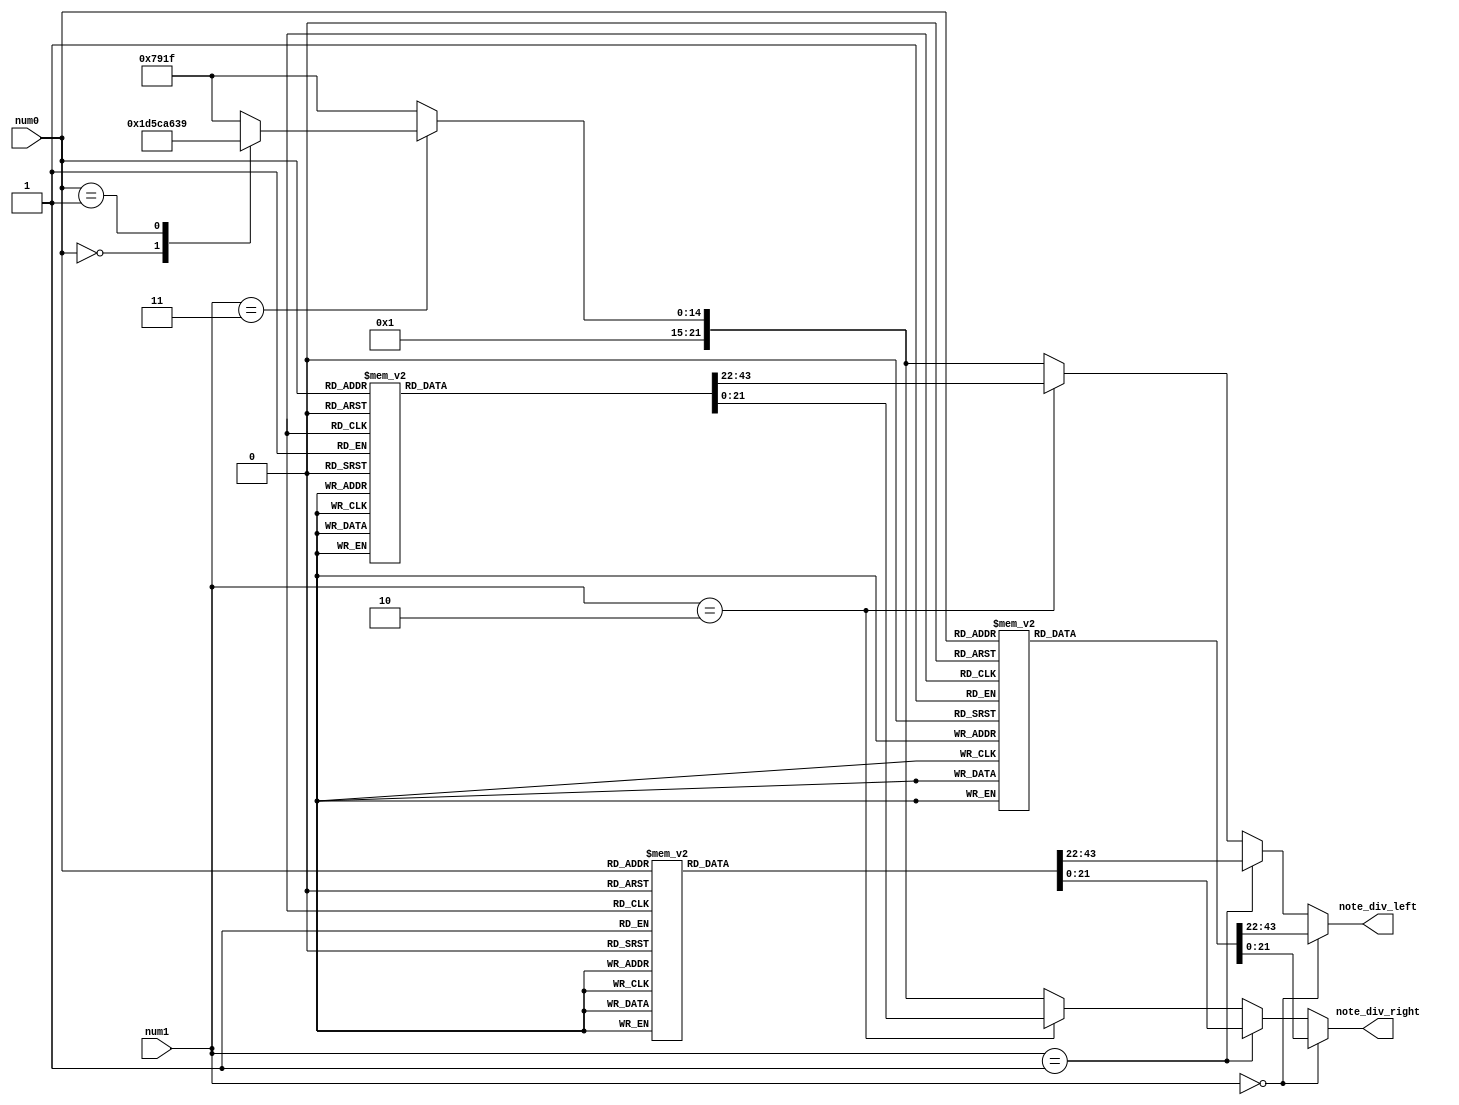
`timescale 1ns / 1ps
//////////////////////////////////////////////////////////////////////////////////
// Company: 
// Engineer: 
// 
// Design Name: 
// Module Name: fre_select
// Project Name: 
// Target Devices: 
// Tool Versions: 
// Description: 
// 
// Dependencies: 
// 
// Revision:
// Revision 0.01 - File Created
// Additional Comments:
// 
//////////////////////////////////////////////////////////////////////////////////


module fre_select_game(
    input [3:0]num0,
    input [3:0]num1,
    output reg [21:0]note_div_right,
    output reg [21:0]note_div_left
    );
    
    
    always@*
    if(num1 == 0)
    begin
        case(num0)
        4'd0: begin note_div_right = 22'd63775; note_div_left = 22'd143266; end
        4'd1: begin note_div_right = 22'd42553; note_div_left = 22'd42553; end
        4'd2: begin note_div_right = 22'd47801; note_div_left = 22'd47801; end
        4'd3: begin note_div_right = 22'd63775; note_div_left = 22'd63775; end
        4'd4: begin note_div_right = 22'd50607; note_div_left = 22'd50607; end
        4'd5: begin note_div_right = 22'd0;     note_div_left = 22'd0; end
        4'd6: begin note_div_right = 22'd50607; note_div_left = 22'd50607; end
        4'd7: begin note_div_right = 22'd47801; note_div_left = 22'd47801; end
        4'd8: begin note_div_right = 22'd127551; note_div_left = 22'd127551; end
        4'd9: begin note_div_right = 22'd63775; note_div_left = 22'd63775; end
        default: begin note_div_right = 22'd63775; note_div_left = 22'd63775; end
        endcase
    end  
    else if(num1 == 1)
    begin
        case(num0)
        4'd0: begin note_div_right = 22'd47801; note_div_left = 22'd47801; end
        4'd1: begin note_div_right = 22'd63775; note_div_left = 22'd63775; end
        4'd2: begin note_div_right = 22'd50607; note_div_left = 22'd50607; end
        4'd3: begin note_div_right = 22'd0;     note_div_left = 22'd0;     end
        4'd4: begin note_div_right = 22'd50607; note_div_left = 22'd50607; end
        4'd5: begin note_div_right = 22'd47801; note_div_left = 22'd47801; end
        4'd6: begin note_div_right = 22'd63775; note_div_left = 22'd113636; end
        4'd7: begin note_div_right = 22'd42553; note_div_left = 22'd42553; end
        4'd8: begin note_div_right = 22'd47801; note_div_left = 22'd47801; end
        4'd9: begin note_div_right = 22'd63775; note_div_left = 22'd63775; end
        default: begin note_div_right = 22'd63775; note_div_left = 22'd63775; end
        endcase
    end  
    else if(num1 == 2)
    begin
        case(num0)
        4'd0: begin note_div_right = 22'd50607; note_div_left = 22'd50607; end
        4'd1: begin note_div_right = 22'd0;     note_div_left = 22'd0;     end
        4'd2: begin note_div_right = 22'd50607; note_div_left = 22'd50607; end
        4'd3: begin note_div_right = 22'd47801; note_div_left = 22'd47801; end
        4'd4: begin note_div_right = 22'd95420; note_div_left = 22'd95420; end
        4'd5: begin note_div_right = 22'd63775; note_div_left = 22'd63775; end
        4'd6: begin note_div_right = 22'd47801; note_div_left = 22'd47801; end
        4'd7: begin note_div_right = 22'd37936; note_div_left = 22'd37936; end
        4'd8: begin note_div_right = 22'd42553; note_div_left = 22'd42553; end
        4'd9: begin note_div_right = 22'd0;     note_div_left = 22'd0; end
        default: begin note_div_right = 22'd63775; note_div_left = 22'd63775; end
        endcase
    end  
    else if(num1 == 3)
    begin
        case(num0)
        4'd0: begin note_div_right = 22'd47801; note_div_left = 22'd47801; end
        4'd1: begin note_div_right = 22'd42553; note_div_left = 22'd42553; end
        default: begin note_div_right = 22'd63775; note_div_left = 22'd63775; end
        endcase
    end  
    
    else
        begin note_div_right = 22'd63775; note_div_left = 22'd63775; end
    
    
    
endmodule